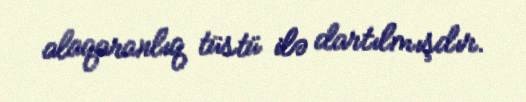
alaqaranlıq tüstü ilə dartılmışdır.